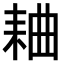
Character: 𫅻